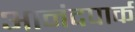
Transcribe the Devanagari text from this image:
आनंदपार्क